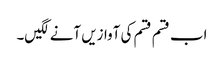
اب قسم قسم کی آوازیں آنے لگیں۔